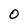
Character: O